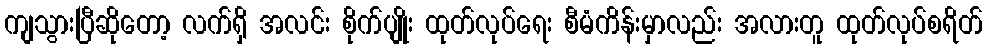
ကျသွားပြီဆိုတော့ လက်ရှိ အလင်း စိုက်ပျိုး ထုတ်လုပ်ရေး စီမံကိန်းမှာလည်း အလားတူ ထုတ်လုပ်စရိတ်